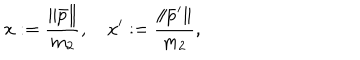
x : = \frac { \| \bar { p } \| } { m _ { 2 } } , \quad x ^ { \prime } : = \frac { \| \bar { p } ^ { \prime } \| } { m _ { 2 } } , \quad